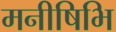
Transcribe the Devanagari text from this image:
मनीषिभि